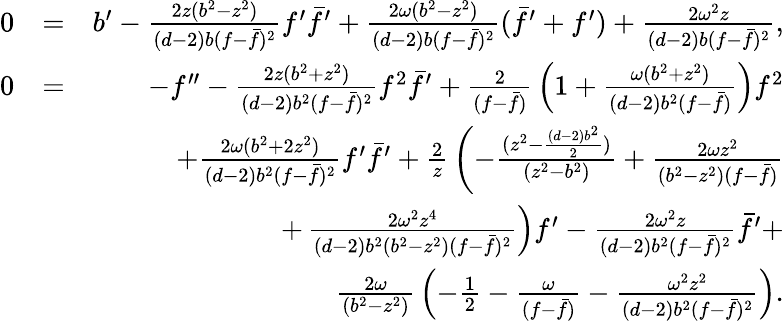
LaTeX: \begin{array}{rlr}{0}&{=}&{b^{\prime}-{\frac{2z(b^{2}-z^{2})}{(d-2)b(f-\bar{f})^{2}}}f^{\prime}\bar{f}^{\prime}+{\frac{2\omega(b^{2}-z^{2})}{(d-2)b(f-\bar{f})^{2}}}(\bar{f}^{\prime}+f^{\prime})+{\frac{2\omega^{2}z}{(d-2)b(f-\bar{f})^{2}}},}\\ {0}&{=}&{-f^{\prime\prime}-{\frac{2z(b^{2}+z^{2})}{(d-2)b^{2}(f-\bar{f})^{2}}}f^{2}\bar{f}^{\prime}+{\frac{2}{(f-\bar{f})}}\left(1+{\frac{\omega(b^{2}+z^{2})}{(d-2)b^{2}(f-\bar{f})}}\right)f^{2}}\\ &{}&{+{\frac{2\omega(b^{2}+2z^{2})}{(d-2)b^{2}(f-\bar{f})^{2}}}f^{\prime}\bar{f}^{\prime}+{\frac{2}{z}}\left(-\frac{(z^{2}-\frac{(d-2)b^{2}}{2})}{(z^{2}-b^{2})}+{\frac{2\omega z^{2}}{(b^{2}-z^{2})(f-\bar{f})}}\right.}\\ &{}&{+\left.{\frac{2\omega^{2}z^{4}}{(d-2)b^{2}(b^{2}-z^{2})(f-\bar{f})^{2}}}\right)f^{\prime}-{\frac{2\omega^{2}z}{(d-2)b^{2}(f-\bar{f})^{2}}}\bar{f}^{\prime}+}\\ &{}&{{\frac{2\omega}{(b^{2}-z^{2})}}\left(-\frac{1}{2}-{\frac{\omega}{(f-\bar{f})}}\right.-\left.{\frac{\omega^{2}z^{2}}{(d-2)b^{2}(f-\bar{f})^{2}}}\right).}\end{array}